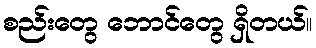
စည်းတွေ ဘောင်တွေ ရှိတယ်။